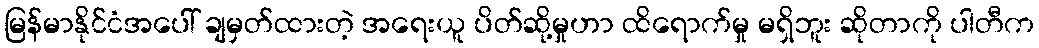
မြန်မာနိုင်ငံအပေါ် ချမှတ်ထားတဲ့ အရေးယူ ပိတ်ဆို့မှုဟာ ထိရောက်မှု မရှိဘူး ဆိုတာကို ပါတီက